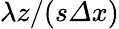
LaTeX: \lambda z/(s\mathit{\Delta}x)